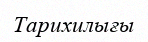
Тарихилығы